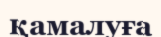
қамалуға